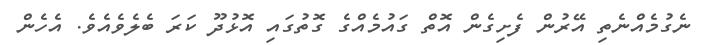
ނެގުމެއްނެތި އޭރުން ފެށިގެން އޮތް ގައުމެއްގެ ގޮތުގައި އޮޅުދޫ ކަރަ ބެލެވެއެވެ. އެހެން